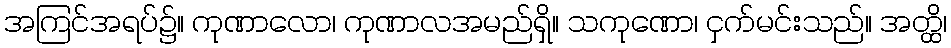
အကြင်အရပ်၌။ ကုဏာလော၊ ကုဏာလအမည်ရှိ။ သကုဏော၊ ငှက်မင်းသည်။ အတ္ထိ၊